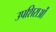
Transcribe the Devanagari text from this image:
उपशिराओं